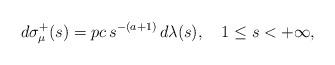
LaTeX: \begin{align*}d\sigma_{\mu}^{+}(s)=pc\,s^{-(a+1)}\,d\lambda(s),\quad1\leq s<+\infty,\end{align*}